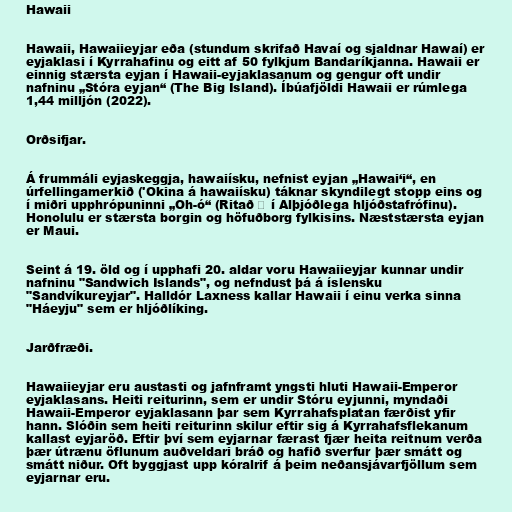
Hawaii

Hawaii, Hawaiieyjar eða (stundum skrifað Havaí og sjaldnar Hawaí) er
eyjaklasi í Kyrrahafinu og eitt af 50 fylkjum Bandaríkjanna. Hawaii er
einnig stærsta eyjan í Hawaii-eyjaklasanum og gengur oft undir
nafninu „Stóra eyjan“ (The Big Island). Íbúafjöldi Hawaii er rúmlega
1,44 milljón (2022).

Orðsifjar.

Á frummáli eyjaskeggja, hawaiísku, nefnist eyjan „Hawai‘i“, en
úrfellingamerkið ('Okina á hawaiísku) táknar skyndilegt stopp eins og
í miðri upphrópuninni „Oh-ó“ (Ritað ʔ í Alþjóðlega hljóðstafrófinu).
Honolulu er stærsta borgin og höfuðborg fylkisins. Næststærsta eyjan
er Maui.

Seint á 19. öld og í upphafi 20. aldar voru Hawaiieyjar kunnar undir
nafninu "Sandwich Islands", og nefndust þá á íslensku
"Sandvíkureyjar". Halldór Laxness kallar Hawaii í einu verka sinna
"Háeyju" sem er hljóðlíking.

Jarðfræði.

Hawaiieyjar eru austasti og jafnframt yngsti hluti Hawaii-Emperor
eyjaklasans. Heiti reiturinn, sem er undir Stóru eyjunni, myndaði
Hawaii-Emperor eyjaklasann þar sem Kyrrahafsplatan færðist yfir
hann. Slóðin sem heiti reiturinn skilur eftir sig á Kyrrahafsflekanum
kallast eyjaröð. Eftir því sem eyjarnar færast fjær heita reitnum verða
þær útrænu öflunum auðveldari bráð og hafið sverfur þær smátt og
smátt niður. Oft byggjast upp kóralrif á þeim neðansjávarfjöllum sem
eyjarnar eru.